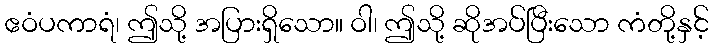
ဧဝံပကာရံ၊ ဤသို့ အပြားရှိသော။ ဝါ၊ ဤသို့ ဆိုအပ်ပြီးသော ကံတို့နှင့်